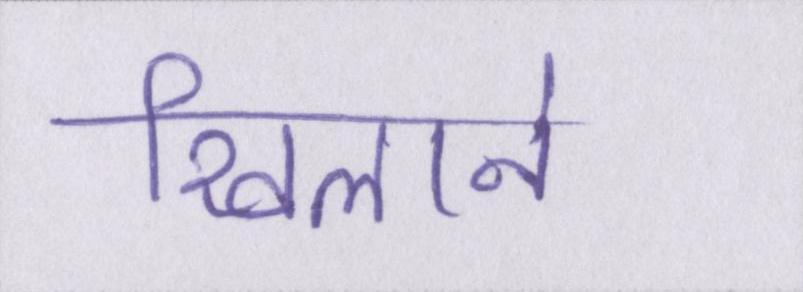
खिलाने